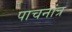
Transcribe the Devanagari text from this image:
पाचनांत्र